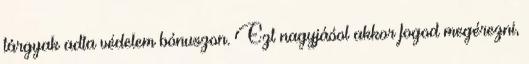
tárgyak adta védelem bónuszon. Ezt nagyjáóol akkor fogod megérezni,